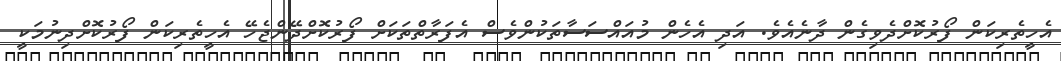
އެހީތެރިކަން ފޯރުކޮށްދެވިގެން ދާނެއެވެ. އަދި އެހެން މުއައްސަސާތަކުންވެސް އެފަރާތްތަކަށް ފޯރުކޮށްދޭންޖެހޭ އެހީތެރިކަން ފޯރުކޮށްދިނުމަކީ